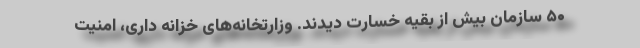
۵۰ سازمان بیش از بقیه خسارت دیدند. وزارتخانه‌های خزانه داری، امنیت